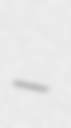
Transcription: –